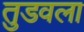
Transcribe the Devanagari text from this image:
तुडवला